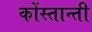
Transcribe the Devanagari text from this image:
कोंस्तान्ती